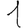
Digit: 1